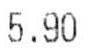
5.90